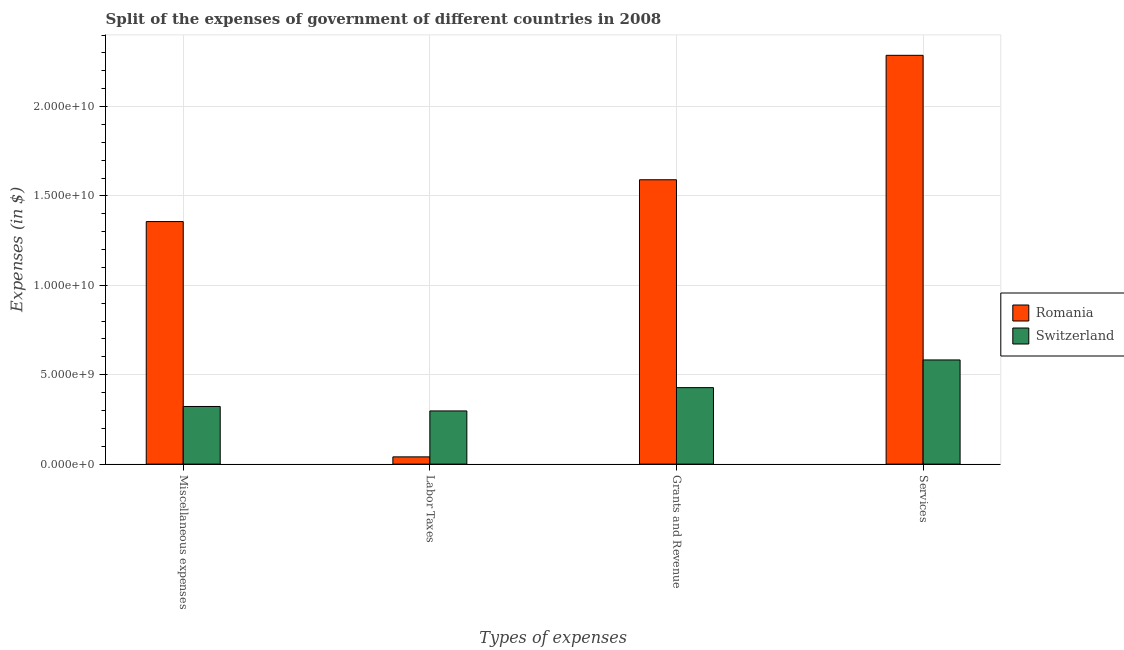
| Types of expenses | Romania | Switzerland |
 | --- | --- | --- |
 | Miscellaneous expenses | 1.36e+10 | 3.22e+09 |
 | Labor Taxes | 4.05e+08 | 2.97e+09 |
 | Grants and Revenue | 1.59e+10 | 4.28e+09 |
 | Services | 2.29e+10 | 5.83e+09 |